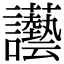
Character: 讛